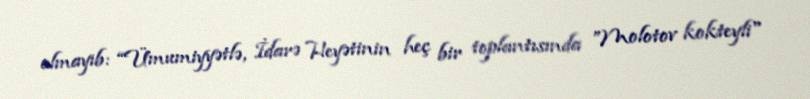
olmayıb: “Ümumiyyətlə, İdarə Heyətinin heç bir toplantısında ”Molotov kokteyli"